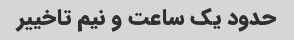
حدود یک ساعت و نیم تاخییر